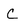
Character: C